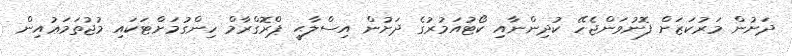
ދަށުން މަރުކަޒަށް ފޮނުވަންޖެހޭ ކުދިންނާއި ކޯޓުއަމުރުގެ ދަށުން އިސްލާޙީ ޕްރޮގްރާމް ހިންގުމަށްޓަކައި މުޖުތަމަޢުއިން